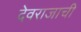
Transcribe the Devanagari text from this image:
देवराजाची